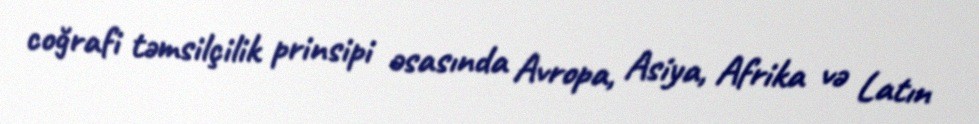
coğrafi təmsilçilik prinsipi əsasında Avropa, Asiya, Afrika və Latın